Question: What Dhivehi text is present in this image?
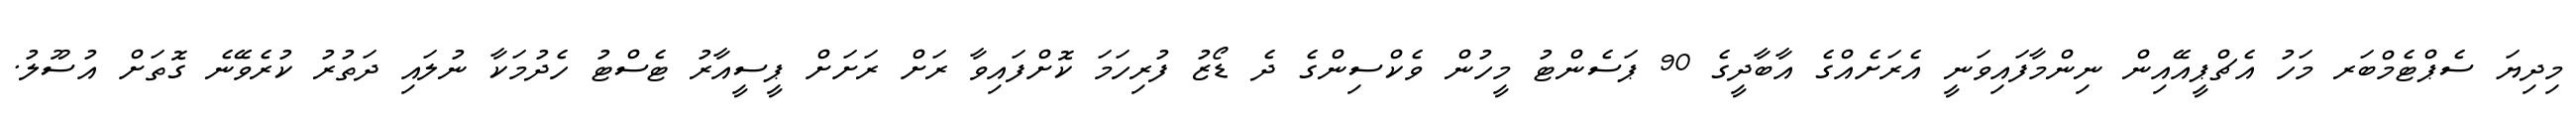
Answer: މިދިޔަ ސެޕްޓެމްބަރ މަހު އެޗްޕީއޭއިން ނިންމާފައިވަނީ އެރަށެއްގެ އާބާދީގެ 90 ޕަސެންޓު މީހުން ވެކްސިންގެ ދެ ޑޯޒު ފުރިހަމަ ކޮށްފައިވާ ރަށް ރަށަށް ޕީސީއާރު ޓެސްޓު ހެދުމަކާ ނުލައި ދަތުރު ކުރެވޭނެ ގޮތަށް އުސޫލު.